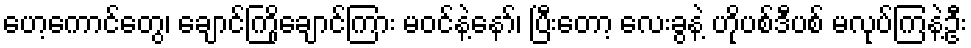
ဟေ့ကောင်တွေ၊ ချောင်ကြိုချောင်ကြား မဝင်နဲ့နော်၊ ပြီးတော့ လေးခွနဲ့ ဟိုပစ်ဒီပစ် မလုပ်ကြနဲ့ဦး